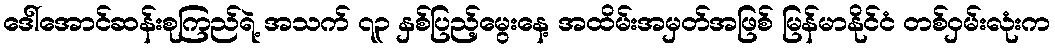
ဒေါ်အောင်ဆန်းစုကြည်ရဲ့ အသက် ၇၃ နှစ်ပြည့်မွေးနေ့ အထိမ်းအမှတ်အဖြစ် မြန်မာနိုင်ငံ တစ်ဝှမ်းလုံးက